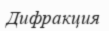
Дифракция